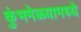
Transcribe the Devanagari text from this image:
कुंभमेळ्यामध्ये